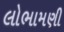
લોભામણી